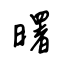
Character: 曙